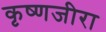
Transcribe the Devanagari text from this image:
कृष्णजीरा